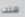
هنت